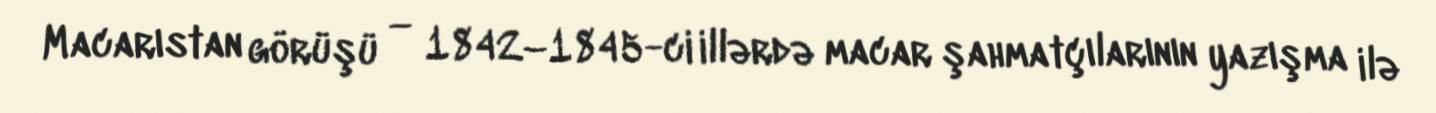
Macarıstan görüşü — 1842–1845-ci illərdə macar şahmatçılarının yazışma ilə